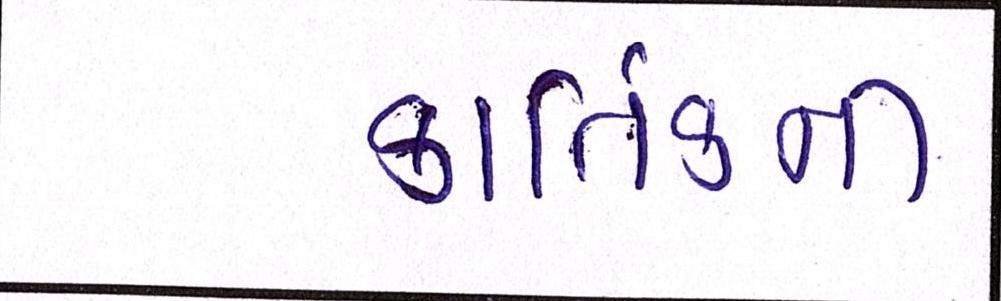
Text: કાર્તિકની